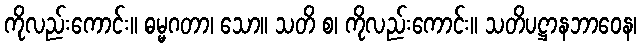
ကိုလည်းကောင်း။ ဓမ္မဂတာ၊ သော။ သတိ စ၊ ကိုလည်းကောင်း။ သတိပဋ္ဌာနဘာဝေန၊